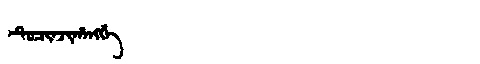
Manchu: ᡨᡠᠴᡳᠨᠵᡳᡥᠠᠩᡤᡝ
Romanization: TUCINJIHANGGE